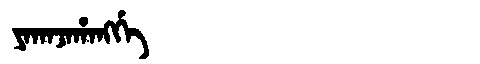
Manchu: ᠶᠠᡴᠠᠵᠠᡥᠠᠩᡤᡝ
Romanization: YAKAJAHANGGE